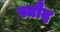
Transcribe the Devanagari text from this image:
स्तौद